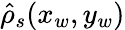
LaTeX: \hat{\rho}_{s}(x_{w},y_{w})